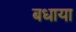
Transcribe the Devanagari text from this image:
बधाया